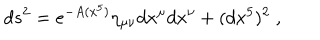
LaTeX: d s ^ { 2 } = e ^ { - A ( x ^ { 5 } ) } \eta _ { \mu \nu } d x ^ { \mu } d x ^ { \nu } + ( d x ^ { 5 } ) ^ { 2 } \; ,